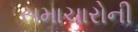
સમાચારોની